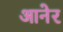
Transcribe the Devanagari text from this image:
आनेर